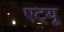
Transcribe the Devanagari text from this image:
एट्यू